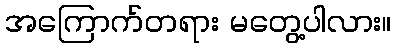
အကြောက်တရား မတွေ့ပါလား။